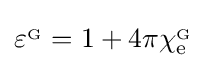
\varepsilon ^{_{\mathrm {G} }}=1+4\pi \chi _{\mathrm {e} }^{_{\mathrm {G} }}